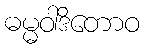
ဓမ္မဝါဒိတောဝ